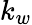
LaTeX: k_{w}